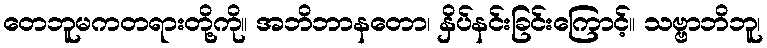
တေဘူမကတရားတို့ကို။ အဘိဘာနတော၊ နှိပ်နင်းခြင်းကြောင့်။ သဗ္ဗာဘိဘူ၊